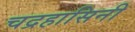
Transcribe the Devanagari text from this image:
चद्रहासिनी